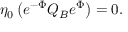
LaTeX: \eta _ { 0 } \left( e ^ { - \Phi } Q _ { B } e ^ { \Phi } \right) = 0 .